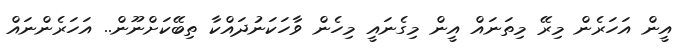
އީން އަހަރެން މިރޭ މިތަނައް އީން މިގެނައީ މިހެން ވާހަކަނުދައްކާ ތިބޭކަށްނޫން.. އަހަރެންނައް